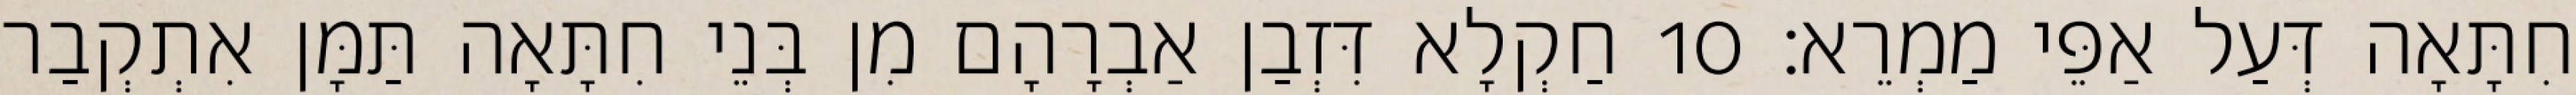
חִתָּאָה דְּעַל אַפֵּי מַמְרֵא׃ 10 חַקְלָא דִּזְבַן אַבְרָהָם מִן בְּנֵי חִתָּאָה תַּמָּן אִתְקְבַר